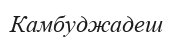
Камбуджадеш